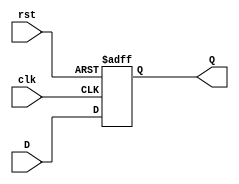

`timescale 1ns / 1ns

module D_FF (clk, rst, D, Q);
    input clk, rst, D;
    output reg Q;

    always @(posedge clk or posedge rst) begin
        if (rst) begin
            //Reset logic goes here.
            Q <= 1'b0;
        end
        else begin
            //Sequential logic goes here.
            Q <= D;
        end
    end
endmodule

module Debouncer(clk, rst, sig, stb);
	input clk, rst, sig;
	output stb;

	wire q[1:0];

	D_FF f1(.clk(clk), .rst(rst), .D(sig),  .Q(q[0]));
	D_FF f2(.clk(clk), .rst(rst), .D(q[0]), .Q(stb));
	
endmodule

module Synchronizer(clk, rst, sig, stb);
	input clk, rst, sig;
	output stb;

	wire q[2:0];

	D_FF f1(.clk(clk), .rst(rst), .D(sig),  .Q(q[0]));
	D_FF f2(.clk(clk), .rst(rst), .D(q[0]), .Q(q[1]));

	assign stb = q[0] && q[1];
endmodule

module Cleaner(clk, rst, sig, stb);
	input clk, rst, sig;
	output stb;
	wire q;
	
	Debouncer		d(.clk(clk), .rst(rst), .sig(sig), .stb(q));
	Synchronizer	s(.clk(clk), .rst(rst), .sig(q),   .stb(stb));
	
endmodule